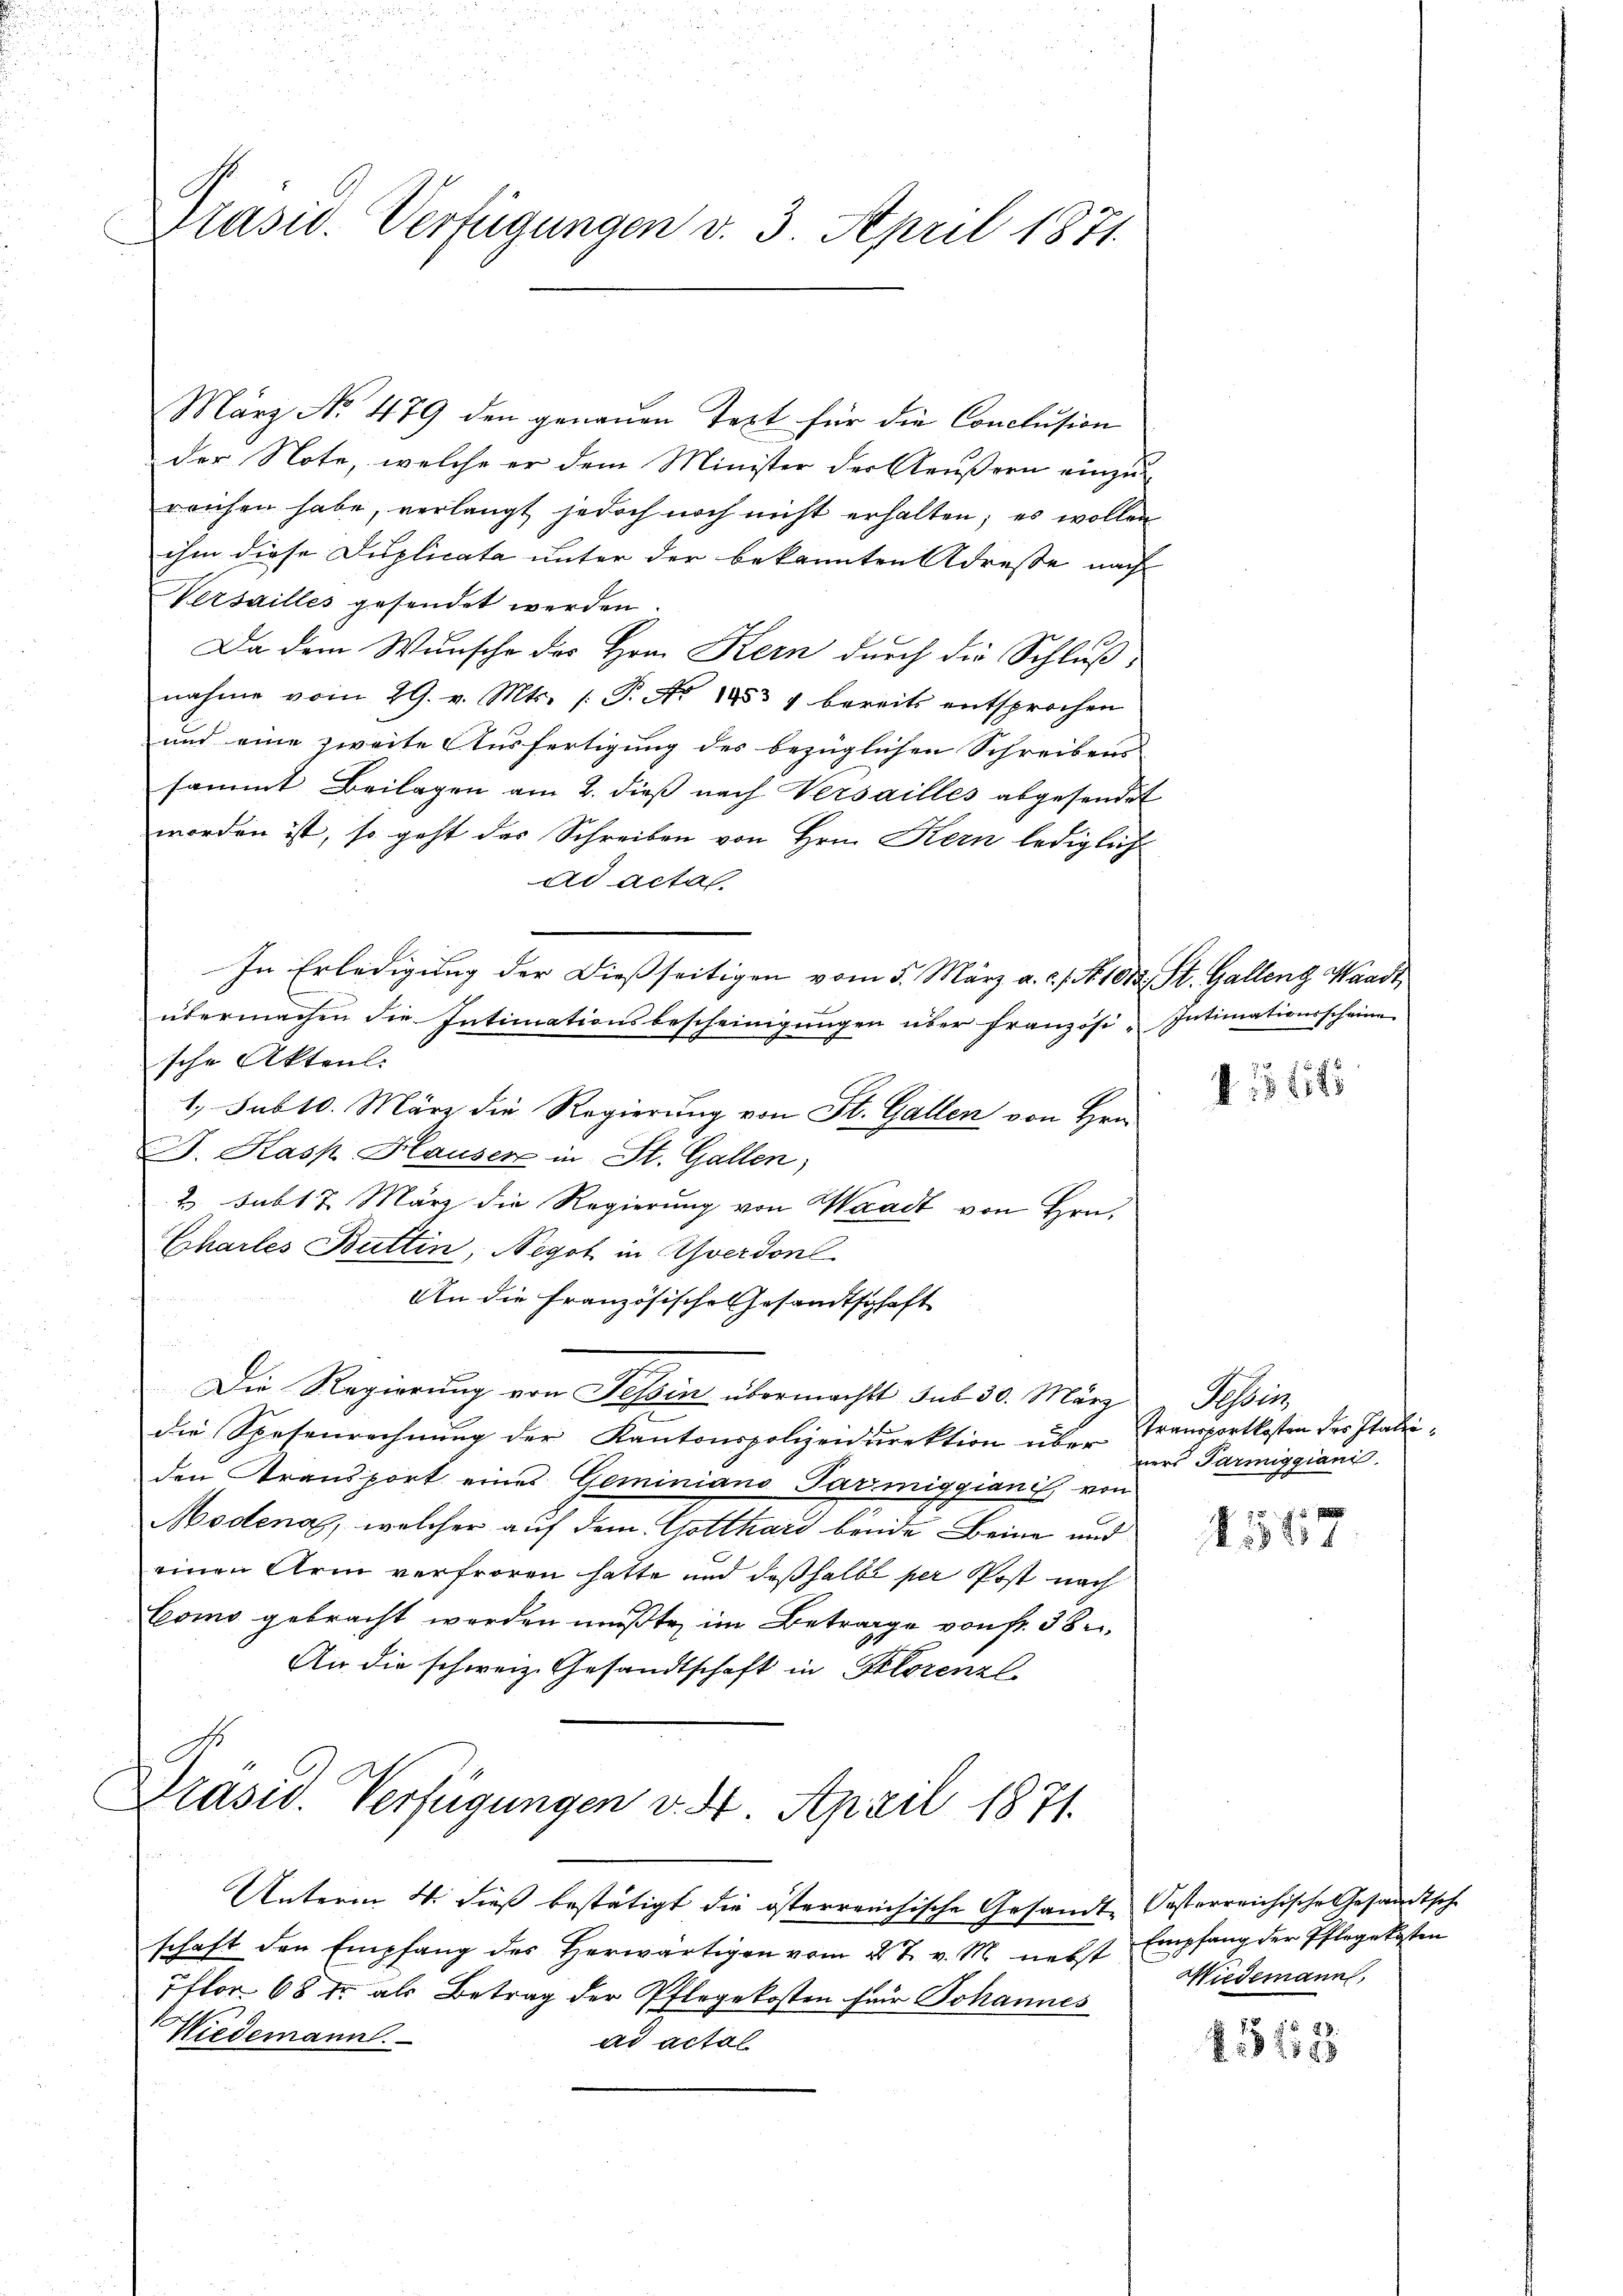
Präsid. Verfügungen v. 3. April 1871.

März No 479 den genaŭen Text für die Conclusion
der Note, welche er dem Minister der Aeußern einzureichen habe, verlangt jedoch noch nicht erhalten; es wollen
ihm diese Duplicata unter der bekannten Adresse nach
Versailles gesendet werden.
Da dem Wunsche des Hrn. Kern durch die Schluß,
nahme vom 29. v. Mts. /: P. Nr. 1853 4 bereits entsprochen
und eine zweite Ausfertigung des bezüglichen Schreibens
sammt Beilagen am 2. dieβ nach Versailles abgesendet
worden ist, so geht das Schreiben von Hrn. Kern lediglich
ad actal.
In Erledigung der Dießseitigen vom 5. März a. c. f. No. 1013. St. Gallenz, Waadt
übermachen die Intimationsbescheinigŭngen über französi-Intimationsscheinen
sche Akten.
1. sub 10. März die Regierung von St. Gallen von Hrn.
J. Kasp. Hauser in St. Gallen,
2 Subl 7. März die Regierung von Waadt von Hrn.
Chartes Buttin, Negot in Averdonl
An die Französische Gesandtschaft
Die Regierung von Tessin übermacht sub 30. März
die Spesenrechnung der Kantonspolizeidirektion über
den Transport eines Geminiano Parmiggianis von
Modena, welcher auf dem Gotthard beide Beine und
einen Arm verfroren hatte und deßhalbe per Post nach
Como gebracht werden mußte, im Betrage von fr. 38
An die schweiz. Gesandtschaft in Florenzl
Präsid. Verfügungen v. 4. April 1871.

Unterm 4. dieß bestätigt die österreichische Gesandte Oesterreichische Gesandtsche
schaft den Empfang des Herwärtigen vom 2 t v. M. nebst Empfang der Pflegekosten
Iflor 68 Fr. als Betrag der Pflegekosten für Johannes
Wiedemann.
ad actal

f 15 f 15

Schberg
Transportkosten des Italiners Parmiggiani

J. 2
1881

Wiedemann,

83113